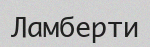
Ламберти